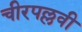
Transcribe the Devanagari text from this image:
चीरपल्लवी